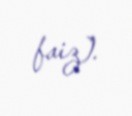
faiz).